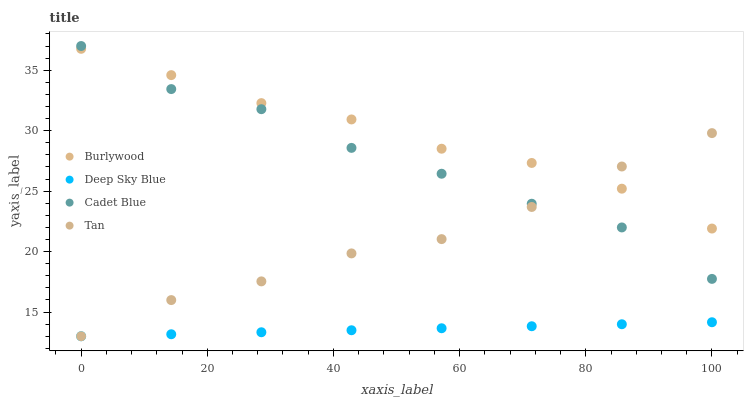
| xaxis_label | Burlywood | Deep Sky Blue | Cadet Blue | Tan |
 | --- | --- | --- | --- | --- |
 | 0 | 36.8 | 13 | 37 | 13 |
 | 14.3 | 34.6 | 13.2 | 33.4 | 16 |
 | 28.6 | 32.3 | 13.3 | 31.8 | 17.5 |
 | 42.9 | 30.9 | 13.5 | 28.6 | 19.9 |
 | 57.1 | 28.5 | 13.7 | 26.4 | 21 |
 | 71.4 | 27.3 | 13.8 | 24 | 23.7 |
 | 85.7 | 25.2 | 14 | 22 | 27 |
 | 100 | 21.9 | 14.2 | 17.7 | 29.8 |